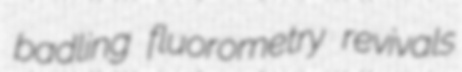
badling fluorometry revivals